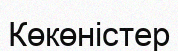
Көкөністер